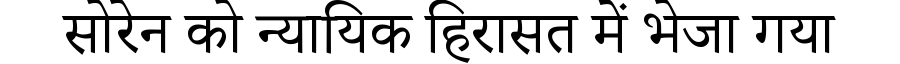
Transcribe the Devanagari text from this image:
सोरेन को न्यायिक हिरासत में भेजा गया